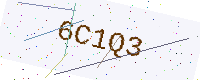
Text: 6C1Q3